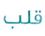
قلب